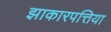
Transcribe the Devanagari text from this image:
झाकारपत्तिया